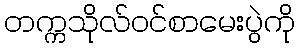
တက္ကသိုလ်ဝင်စာမေးပွဲကို